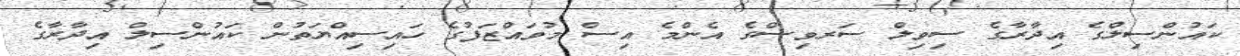
ކައުންސިލްގެ އިދާރާގެ ސިވިލް ސަރވިސްގެ އެންމެ އިސް މުވައްޒަފުގެ ހައިސިއްޔަތުން ކައުންސިލް އިދާރާގެ